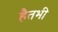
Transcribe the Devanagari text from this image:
हैतभी